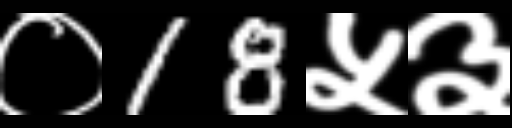
Text: ०18५३